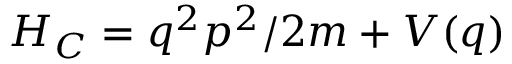
H _ { C } = q ^ { 2 } p ^ { 2 } / 2 m + V ( q )